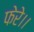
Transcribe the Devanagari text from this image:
फेरे।।